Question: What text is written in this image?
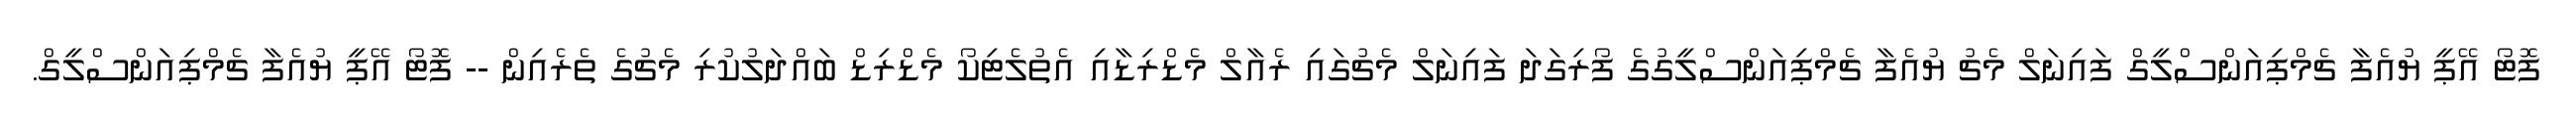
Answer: ފޮޓޯ އޭޕީ ޔުއެފާ ޗެމްޕިއަންސްލީގް ފައިނަލް މެޗު ޔުއެފާ ޗެމްޕިއަންސްލީގުގެ ފޯރިގަދަ ފައިނަލް މެޗުގައި ރެއާލް މެޑްރިޑާއި އެތުލެޓިކޯ މެޑްރިޑް ބައްދަލުކުރި މެޗުގެ ތެރެއިން -- ފޮޓޯ އޭޕީ ޔުއެފާ ޗެމްޕިއަންސްލީގް.